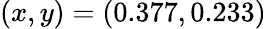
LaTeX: (x,y)=(0.377,0.233)